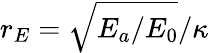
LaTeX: r_{E}=\sqrt{E_{a}/E_{0}}/\kappa